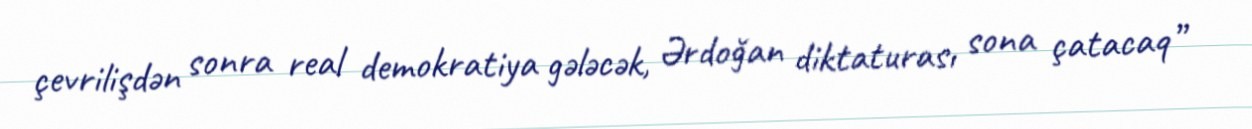
çevrilişdən sonra real demokratiya gələcək, Ərdoğan diktaturası sona çatacaq”